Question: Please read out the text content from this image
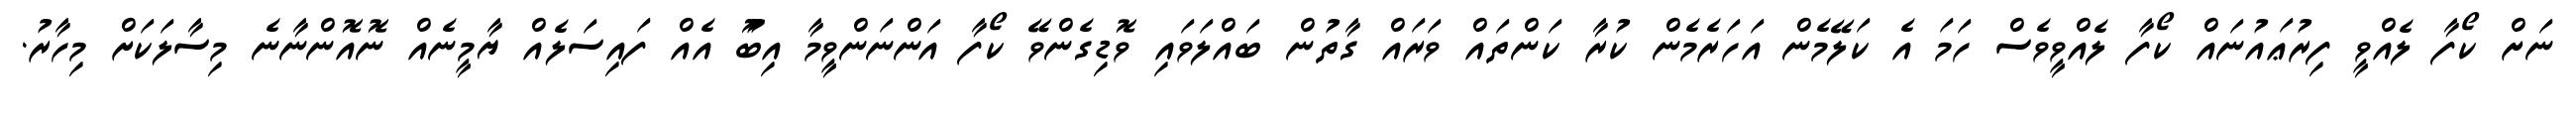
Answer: ނަށް ކޯފާ ލެއްވީ ފިރުޢައުނައް ކޯފާ ލެއްވީވެސް ހަމަ އެ ކަލޭމެން އަހަރެމެން ކުރާ ކަންތައް ވަރައް ގާތުން ބައްލަވައި ވޮޑިގެންވޭ ކޯފާ އަންނަންވީމާ އިބޫު އެއް ފައިސަލެއް ޔާމީނެއް ނޮއޮންނާނެ މިސާލަކަށް މިހާރު.